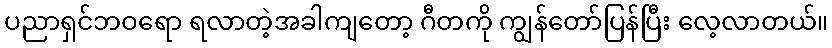
ပညာရှင်ဘဝရော ရလာတဲ့အခါကျတော့ ဂီတကို ကျွန်တော်ပြန်ပြီး လေ့လာတယ်။